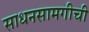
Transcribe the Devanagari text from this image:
साधनसामगीची